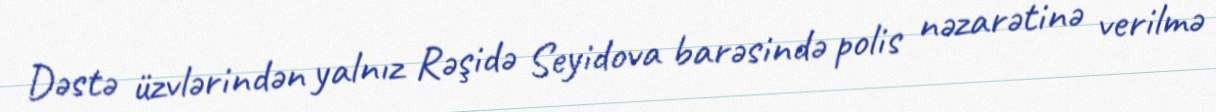
Dəstə üzvlərindən yalnız Rəşidə Seyidova barəsində polis nəzarətinə verilmə